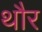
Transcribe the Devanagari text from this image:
थौर